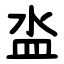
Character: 泴